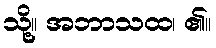
သို့။ အဘာသထ၊ ၏။